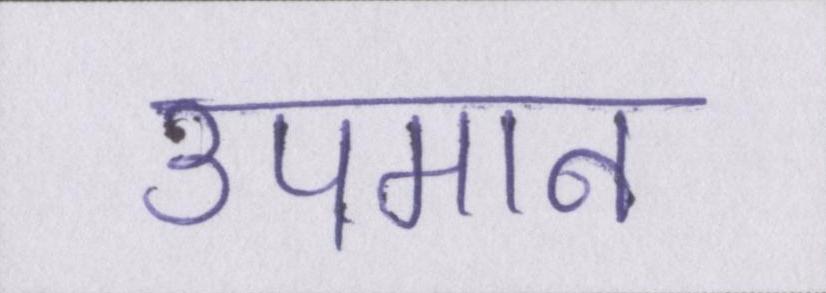
उपमान